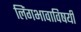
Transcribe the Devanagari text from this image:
लिंगभावाविषयी